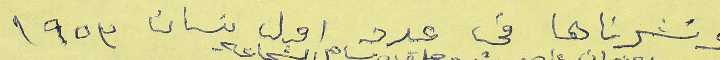
ونشرناها في عدد اول نيسان ١٩٥٣